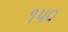
૧પ૦